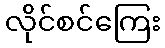
လိုင်စင်ကြေး